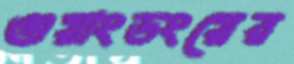
গুয়াংডংয়ের